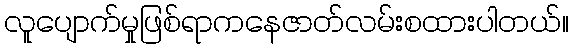
လူပျောက်မှုဖြစ်ရာကနေဇာတ်လမ်းစထားပါတယ်။